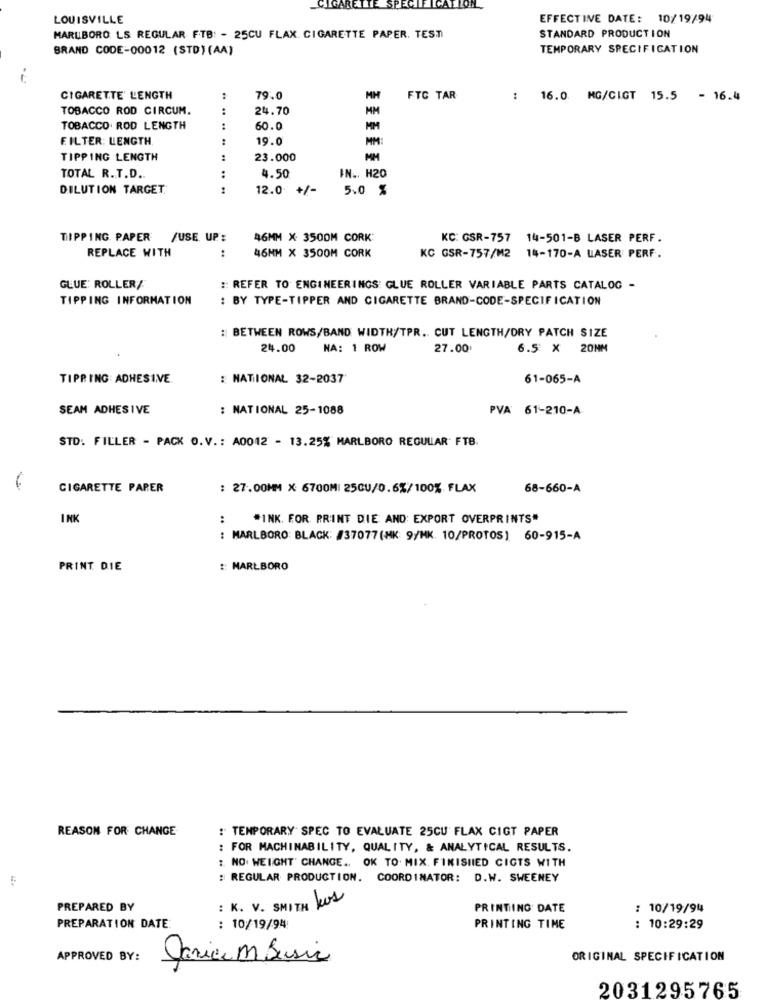
CIGARETTE SPECIFICATION
LOUISVILLE
EFFECTIVE DATE: 10/19/94
MARLBORO LS REGULAR FTB: - 25CU FLAX. CIGARETTE PAPER. TESTI
STANDARD PRODUCTION
BRAND CODE-00012 (STD) (AA)
TEMPORARY SPECIFICATION
CIGARETTE' L'ENGTH
:
79.0
MH
FTC TAR
: 16.0 MG/CIGT 15.5 - 16.4
TOBACCO ROD CIRCUM.
24.70
MM
TOBACCO ROD LENGTH
:
60.0
FILTER: LENGTH
:
19.0
MM:
TIPPING LENGTH
23.000
MM
TOTAL R.T.D ..
4.50
:
IN .. H20
DILUTION TARGET
12.0 +/-
5.0 %
TIPPING. PAPER /USE UP:
46MM X 3500M CORK
KC: GSR-757 14-501-B LASER PERF.
REPLACE WITH
:
46MM X 3500M CORK
KC GSR-757/M2 14-170-A LASER PERF.
GLUE: ROLLER/
:: REFER TO ENGINEERINGS: GLUE ROLLER VARIABLE PARTS CATALOG -
TIPPING INFORMATION
: BY TYPE-TIPPER AND CIGARETTE BRAND-CODE-SPECIFICATION
: BETWEEN ROWS/BAND WIDTH/TPR .. CUT LENGTH/DRY PATCH SIZE
24.00
NA: 1 ROW
27.00
6.5 X 20NM
TIPPING ADHESIVE.
: NATIONAL 32-2037
61-065-A
SEAM ADHESIVE
: NATIONAL 25-1088
PVA 61-210-A
STD: FILLER - PACK O.V .: A0012 - 13.25% MARLBORO REGULAR FTB.
CIGARETTE PARER
: 27.00MM X 6700MI 25CU/0.6%/100%. FLAX
68-660-A
INK
:
#INK. FOR PRINT DIE AND: EXPORT OVERPRINTS"
: MARLBORO: BLACK: #37077 (MK: 9/MK. 10/PROTOS] 60-915-A
PRINT DIE
:: MARLBORO
REASON FOR CHANGE
: TEMPORARY SPEC TO EVALUATE 25CU FLAX CIGT PAPER
: FOR MACHINABILITY, QUALITY, & ANALYTICAL RESULTS.
1. NO. WEIGHT' CHANGE .. OK TO. MIX FINISHED CIGTS WITH
: REGULAR PRODUCTION. COORDINATOR: D.W. SWEENEY
: K. V. SMITH Us
PREPARED BY
PRINTING DATE
: 10/19/94
PREPARATION DATE:
: 10/19/94
PRINTING TIME
: 10:29:29
APPROVED BY:
Janice M Basic
ORIGINAL SPECIFICATION
2031295765